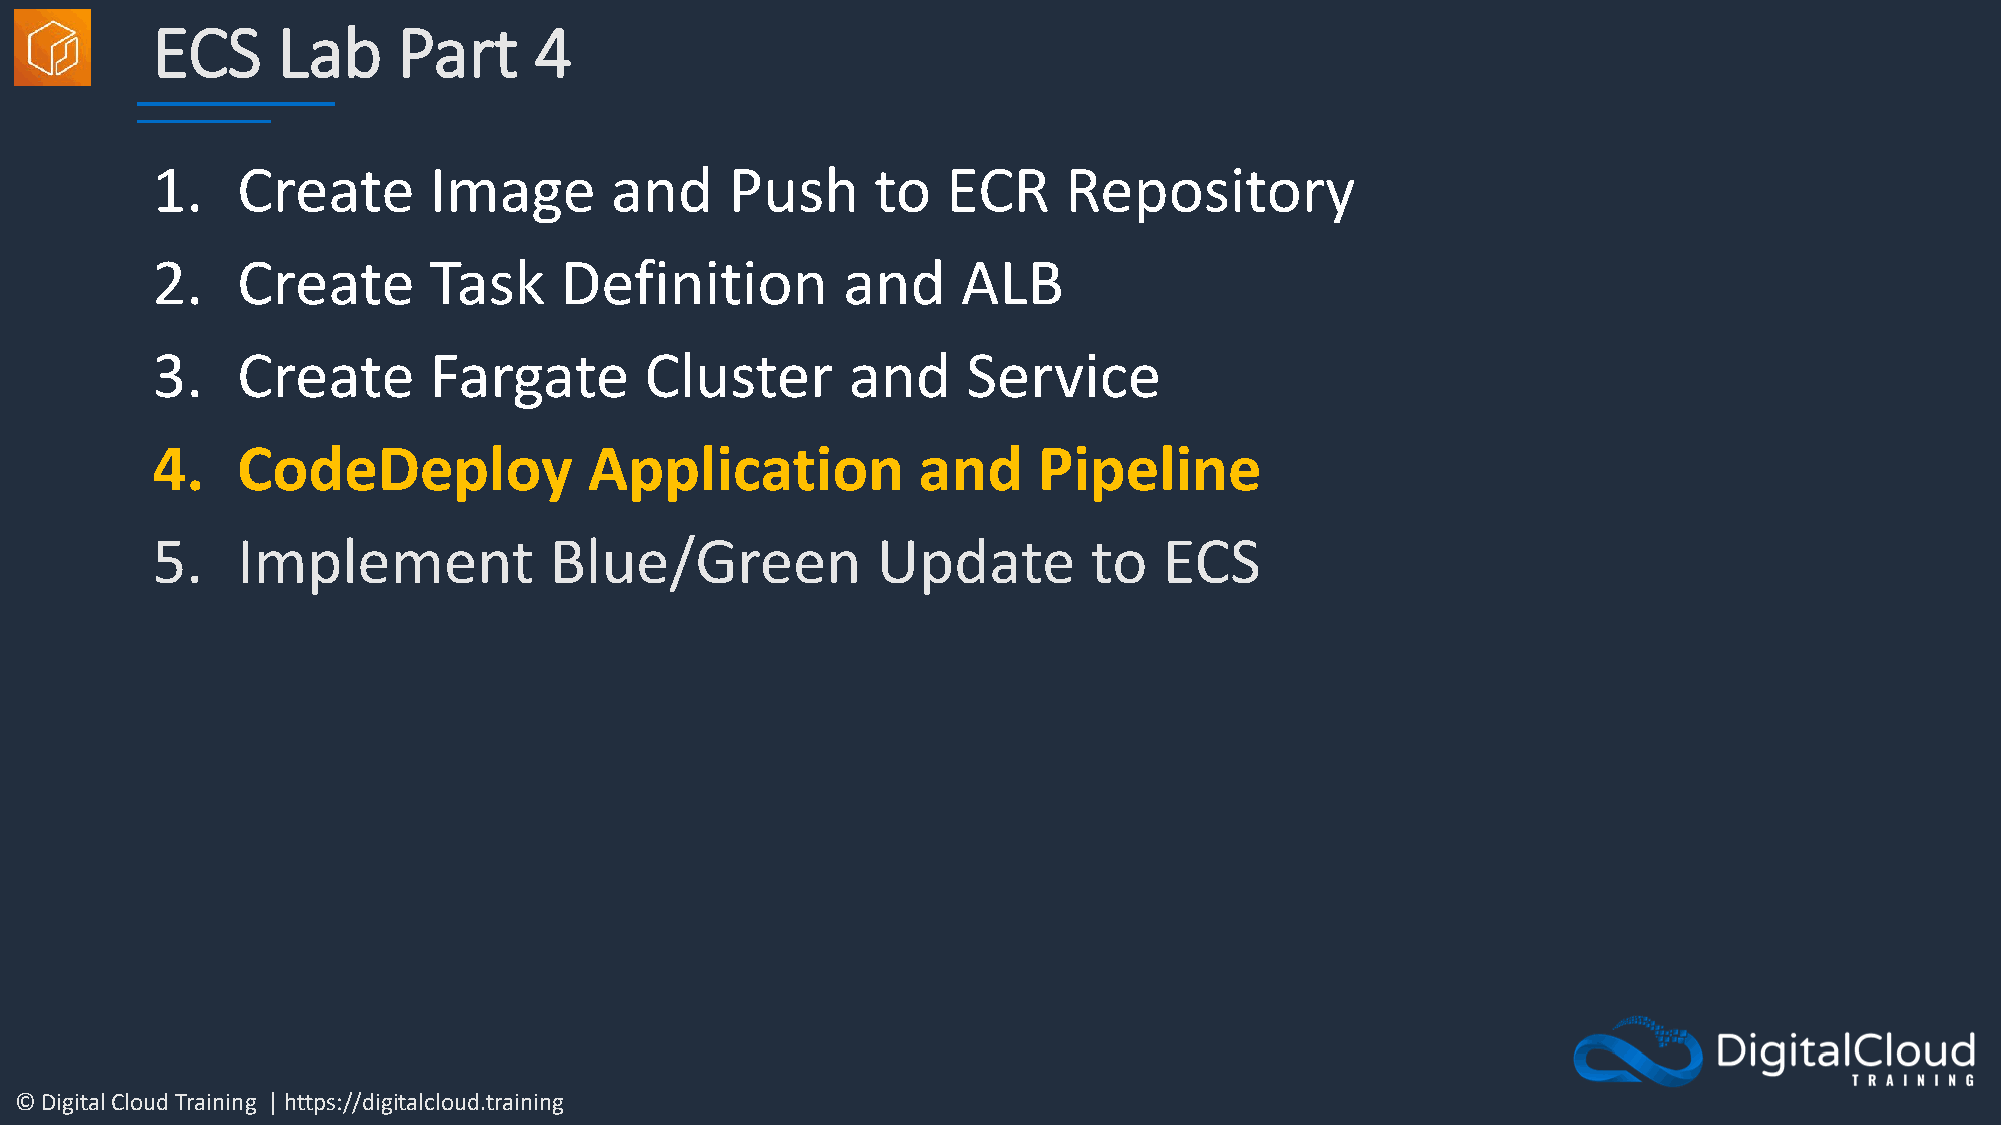
ECS     Lab     Part     4
 1.    Create      Image       and     Push      to   ECR    Repository
 2.    Create      Task     Definition         and     ALB
 3.    Create      Fargate        Cluster      and     Service
 4.    CodeDeploy             Application           and     Pipeline
 5.    Implement           Blue/Green            Update        to   ECS
 © Digital Cloud Training | https://digitalcloud.training